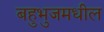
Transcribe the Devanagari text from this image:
बहुभुजमधील